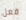
فعل